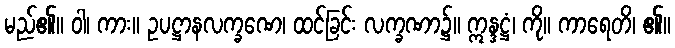
မည်၏။ ဝါ၊ ကား။ ဥပဋ္ဌာနလက္ခဏေ၊ ထင်ခြင်း လက္ခဏာ၌။ ဣန္ဒဋ္ဌံ၊ ကို။ ကာရေတိ၊ ၏။